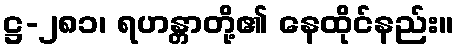
ဋ္ဌ-၂၈၁၊ ရဟန္တာတို့၏ နေထိုင်နည်း။